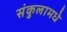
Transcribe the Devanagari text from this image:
संकुलामधे